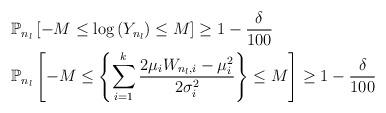
LaTeX: \begin{align*}&\mathbb{P}_{n_{l}}\left[ -M \le \log\left(Y_{n_{l}}\right) \le M \right] \ge 1- \frac{\delta}{100}\\&\mathbb{P}_{n_{l}} \left[ -M \le \left\{ \sum_{i=1}^{k} \frac{2\mu_{i}W_{n_{l},i}- \mu_{i}^2 }{2 \sigma_{i}^2} \right\} \le M \right] \ge 1 -\frac{\delta}{100}\end{align*}